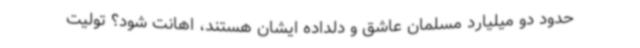
حدود دو میلیارد مسلمان عاشق و دلداده ایشان هستند، اهانت شود؟ تولیت